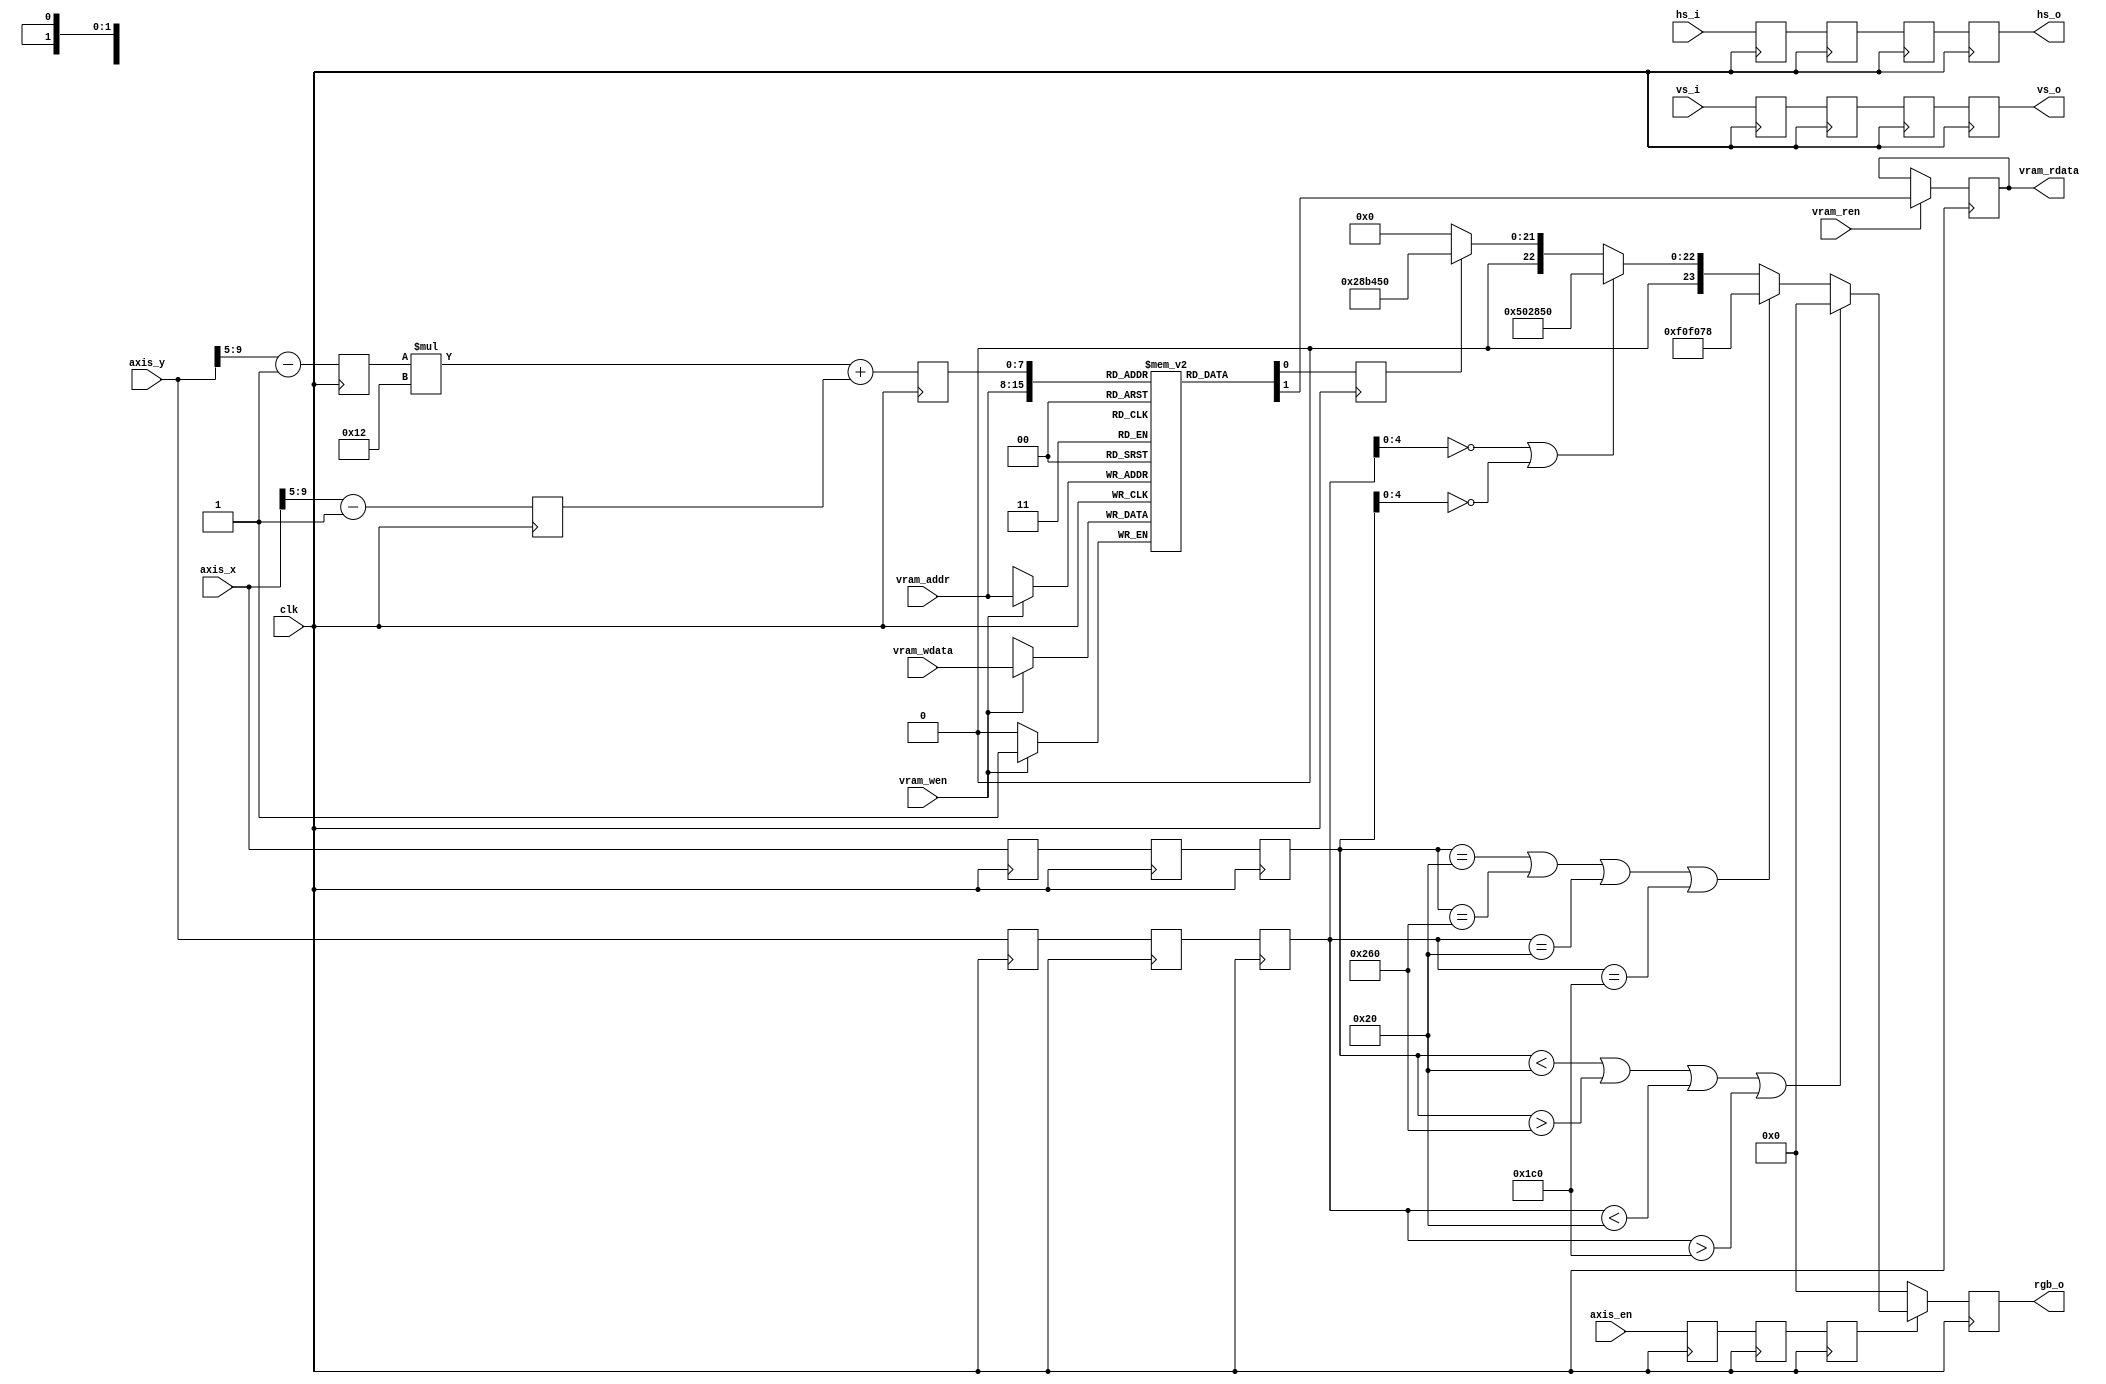
// This program was cloned from: https://github.com/verimake-team/SparkRoad-V
// License: MIT License

`timescale 1ns / 1ps
//////////////////////////////////////////////////////////////////////////////////
// Company: 
// Engineer: 
// 
// Create Date:
// Design Name: 
// Module Name: vram
// Project Name: 
// Target Devices: 
// Tool Versions: 
// Description: 
// 
// Dependencies: 
// 
// Revision:
// Revision 0.01 - File Created
// Additional Comments:
// 
//////////////////////////////////////////////////////////////////////////////////

module vram
(
	input	wire		clk,
	
	// 
	input	wire		vram_wen,
	input	wire		vram_wdata,
	input	wire		vram_ren,
	output	reg			vram_rdata,
	input	wire [7:0]	vram_addr,
	
	// vga(640 * 480)
	input	wire		hs_i,
	input	wire		vs_i,
	input	wire		axis_en,
	input	wire [10:0]	axis_x,
	input	wire [10:0] axis_y,
	
	// vga(640 * 480)
	output	reg			hs_o,
	output	reg			vs_o,
	output	reg [23:0]	rgb_o
);

reg state;
reg [4:0] mesh_x;
reg [4:0] mesh_y;
reg [7:0] mesh_addr;
reg vga_ram[0 : 18 * 13 - 1];

reg hs_i_d0;
reg vs_i_d0;
reg hs_i_d1;
reg vs_i_d1;
reg hs_i_d2;
reg vs_i_d2;
reg axis_en_d0;
reg [10:0] axis_x_d0;
reg [10:0] axis_y_d0;
reg axis_en_d1;
reg [10:0] axis_x_d1;
reg [10:0] axis_y_d1;
reg axis_en_d2;
reg [10:0] axis_x_d2;
reg [10:0] axis_y_d2;

// CPU
always@(posedge clk)
begin
	if(vram_wen)
		vga_ram[vram_addr] <= vram_wdata;
	if(vram_ren)
		vram_rdata <= vga_ram[vram_addr];
end

// (axis/32).
always@(posedge clk)
begin
	mesh_x <= axis_x[9:5] - 1;
	mesh_y <= axis_y[9:5] - 1;
end

// 
always@(posedge clk)
begin
	mesh_addr <=  mesh_y * 18 + mesh_x;
end

// 
always@(posedge clk)
begin
	state <= vga_ram[mesh_addr];
end

// 
always@(posedge clk)
begin
	axis_en_d0 <= axis_en;
	axis_x_d0 <= axis_x;
	axis_y_d0 <= axis_y;
	
	axis_en_d1 <= axis_en_d0;
	axis_x_d1 <= axis_x_d0;
	axis_y_d1 <= axis_y_d0;
	
	axis_en_d2 <= axis_en_d1;
	axis_x_d2 <= axis_x_d1;
	axis_y_d2 <= axis_y_d1;
end

// 
always@(posedge clk)
begin
	hs_i_d0 <= hs_i;
	vs_i_d0 <= vs_i;
	
	hs_i_d1 <= hs_i_d0;
	vs_i_d1 <= vs_i_d0;
	
	hs_i_d2 <= hs_i_d1;
	vs_i_d2 <= vs_i_d1;
end

// 
// always@(posedge clk)
always@(negedge clk)
begin
	if(axis_en_d2)
	begin
		if(axis_x_d2 < 32 || axis_x_d2 > (640 - 32) || axis_y_d2 < 32 || axis_y_d2 > (480 - 32)) // 
			rgb_o <= 0;
		else if(axis_x_d2 == 32 || axis_x_d2 == (640 - 32) || axis_y_d2 == 32 || axis_y_d2 == (480 - 32)) // 
			rgb_o <= {8'd240, 8'd240, 8'd120};
		else if(axis_y_d2[4:0] == 0 || axis_x_d2[4:0] == 0) // 
			rgb_o <= {8'd80, 8'd40, 8'd80};
		else if(state) // 
			rgb_o <= {8'd40, 8'd180, 8'd80};
		else
			rgb_o <= 0;
	end
	else
		rgb_o <= 0;
end

// 
// always@(posedge clk)
always@(negedge clk)
begin
	hs_o <= hs_i_d2;
	vs_o <= vs_i_d2;
end

endmodule